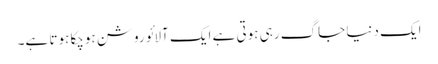
ایک دنیا جاگ رہی ہوتی ہے ایک آلائو روشن ہوچکا ہوتا ہے۔